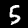
Label: 5